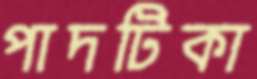
পাদটিকা